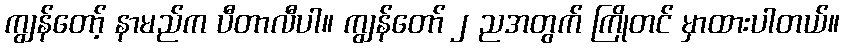
ကျွန်တော့် နာမည်က ပီတာလီပါ။ ကျွန်တော် ၂ ညအတွက် ကြိုတင် မှာထားပါတယ်။